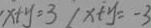
x + y = 3 / x + y = - 3